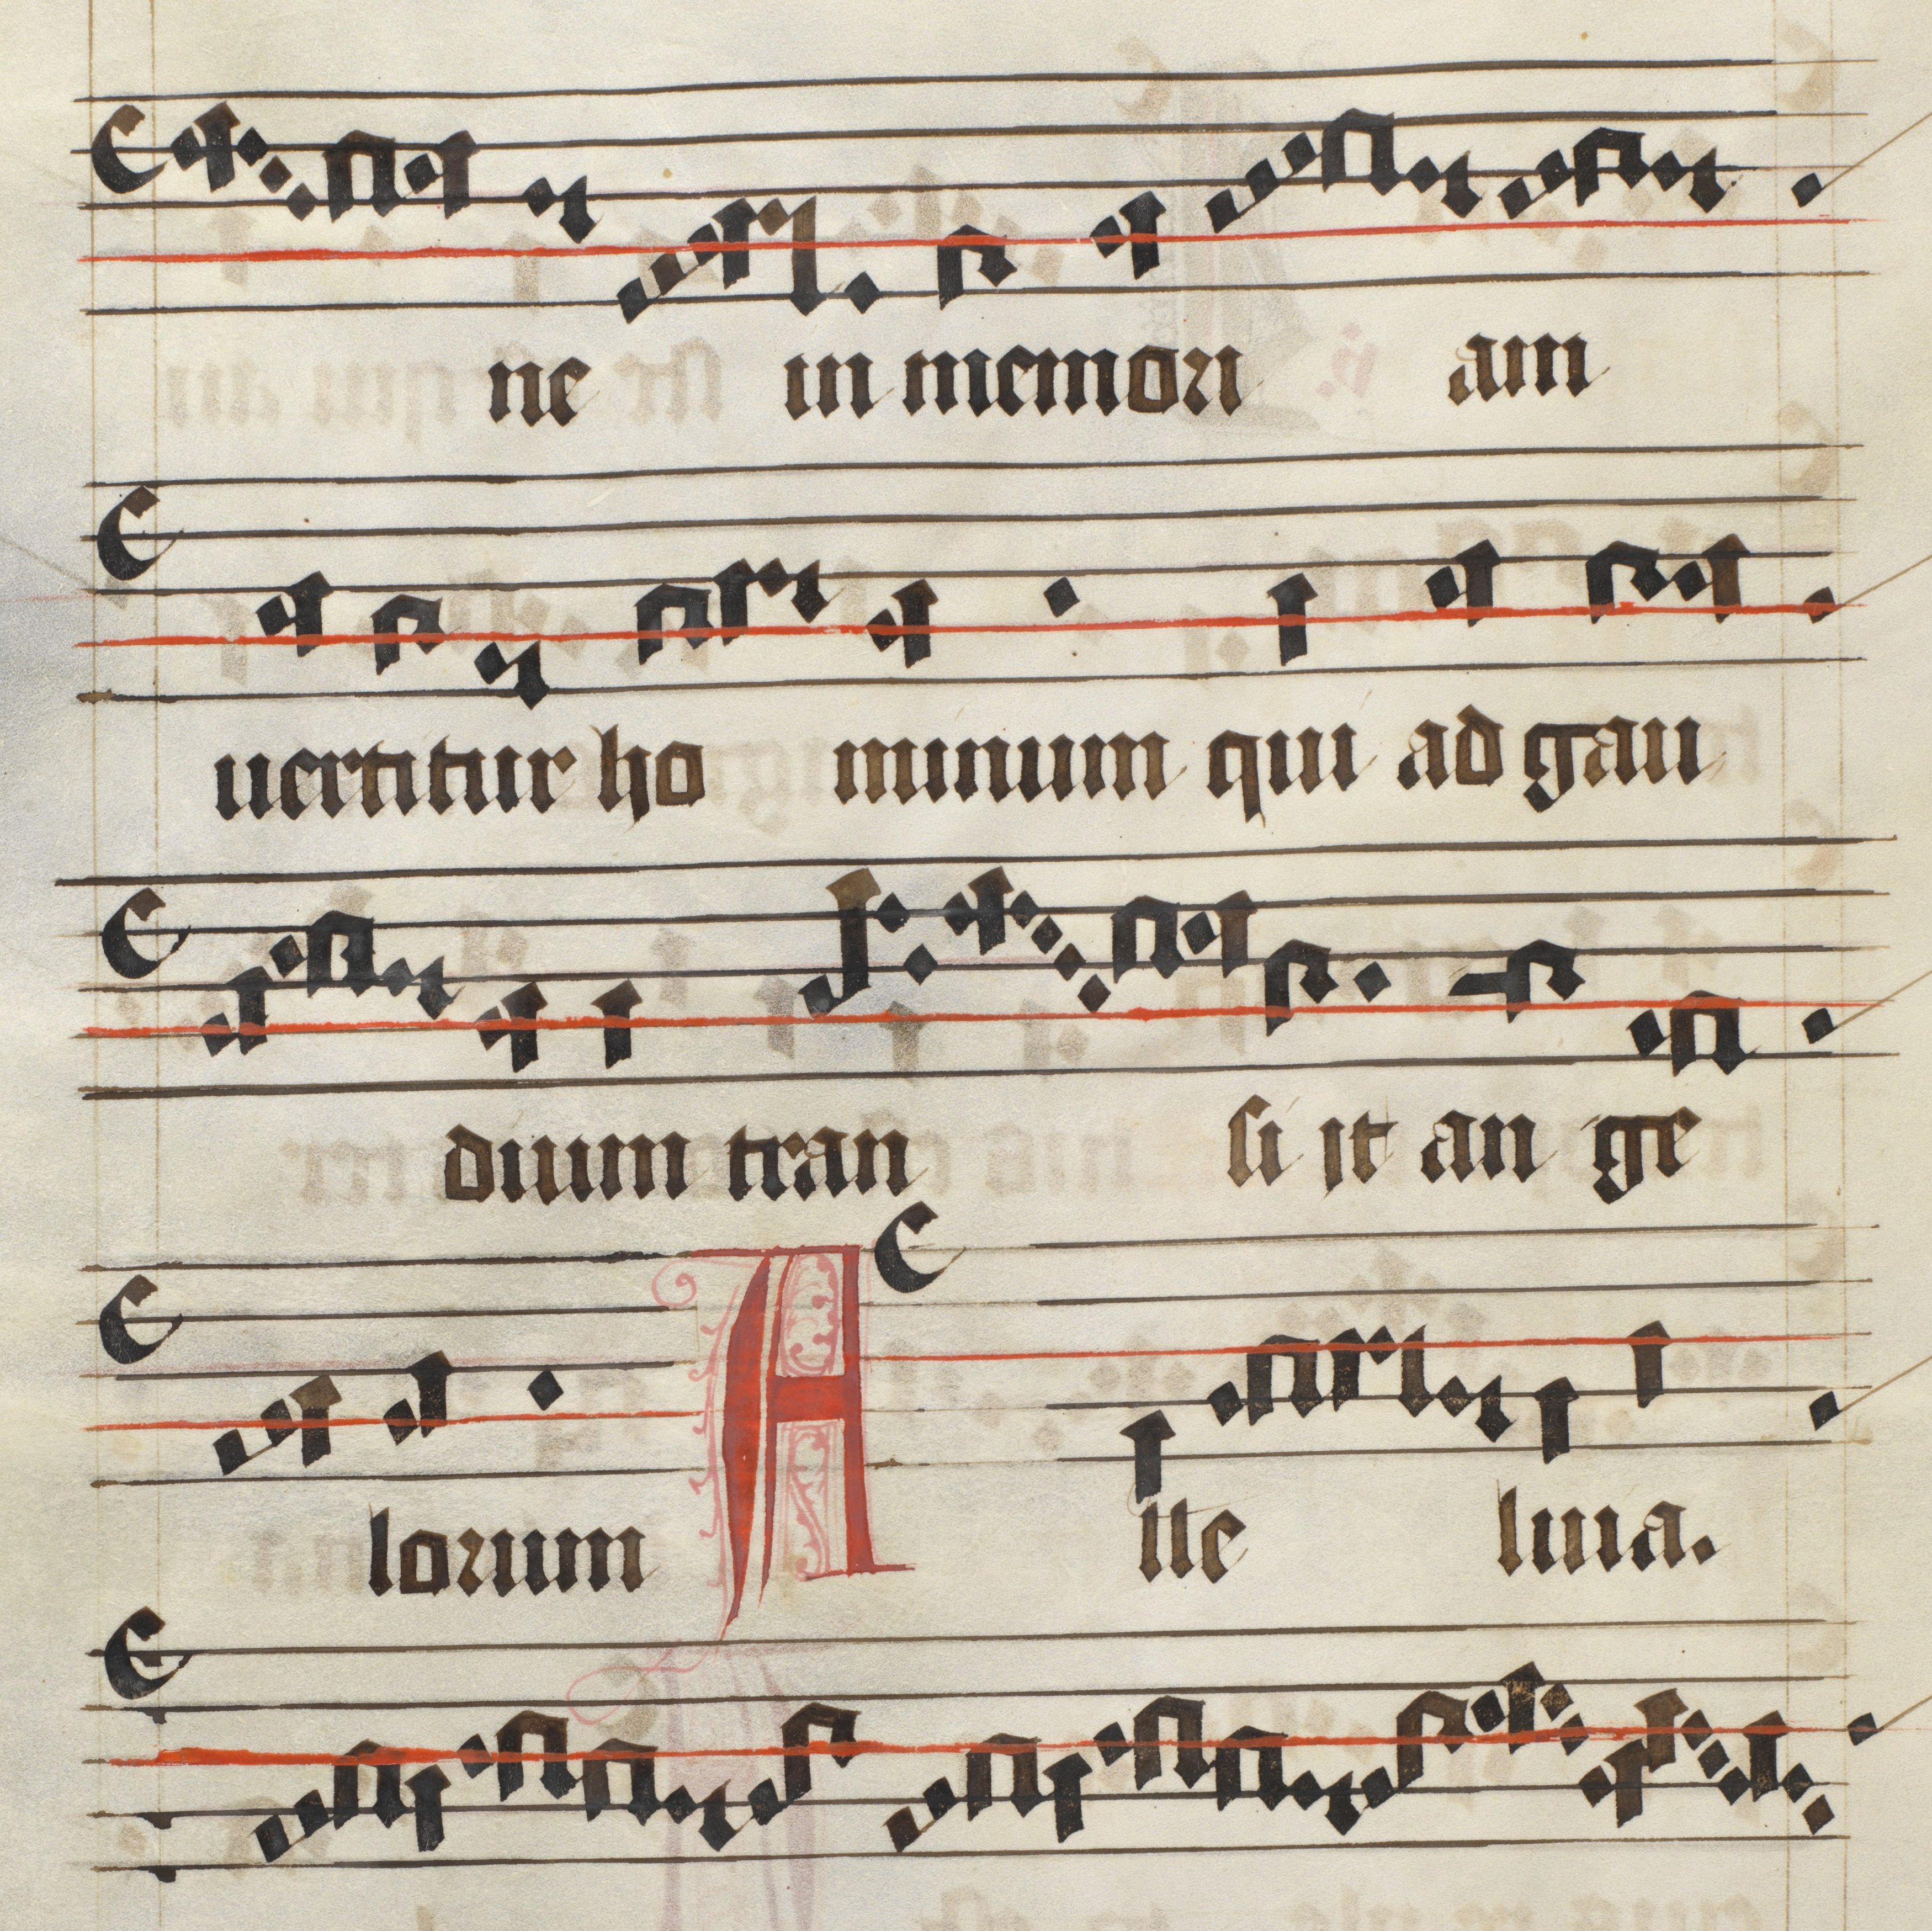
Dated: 1475–1499